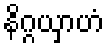
နိဂ္ဂယှာဟံ